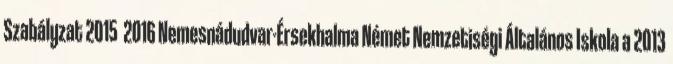
Szabályzat 2015 2016 Nemesnádudvar-Érsekhalma Német Nemzetiségi Általános Iskola a 2013